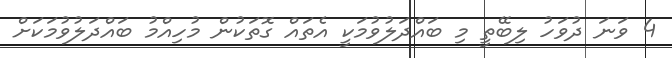
4 ވަނަ ދުވަހު ލިބޭތީ މި ބައްދަލުވުމަކީ އެތައް ގޮތަކުން މުހިއްމު ބައްދަލުވުމަކަށް